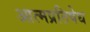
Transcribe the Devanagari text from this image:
आत्मप्रतिषेध